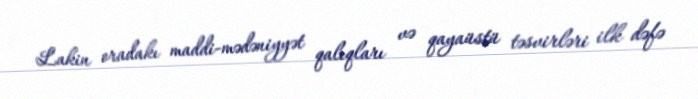
Lakin oradakı maddi-mədəniyyət qalıqları və qayaüstü təsvirləri ilk dəfə